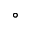
^ \circ